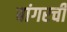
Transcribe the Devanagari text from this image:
बांगरची